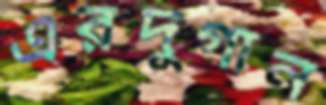
এরদুগান